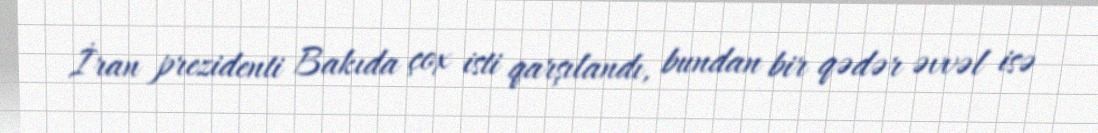
İran prezidenti Bakıda çox isti qarşılandı, bundan bir qədər əvvəl isə